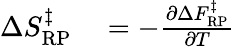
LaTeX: \begin{array}{rl}{\Delta S_{\mathrm{RP}}^{\ddagger}}&{{}=-\frac{\partial\Delta F_{\mathrm{RP}}^{\ddagger}}{\partial T}}\end{array}